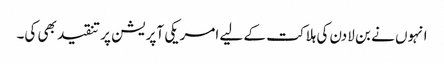
انہوں نے بن لادن کی ہلاکت کے لیے امریکی آپریشن پر تنقید بھی کی۔